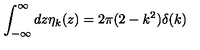
\int _ { - \infty } ^ { \infty } d z \eta _ { k } ( z ) = 2 \pi ( 2 - k ^ { 2 } ) \delta ( k )